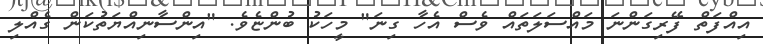
އިއްފަތް ފޭރިގަންނަ މައްސަލަތައް ވެސް އެހާ ގިނަ" މީހަކު ބުންޏެވެ. "އިންސާނިއްޔަތުކަން ގެއްލި